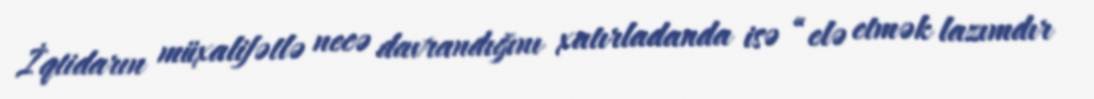
İqtidarın müxalifətlə necə davrandığını xatırladanda isə “elə etmək lazımdır